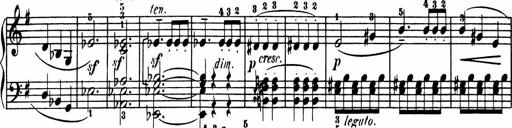
Title: Sonatina in G major
Composer: Friedrich Kuhlau
Key: G major